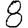
Digit: 8